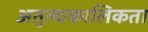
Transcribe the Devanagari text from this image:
अतुल्यकालिकता